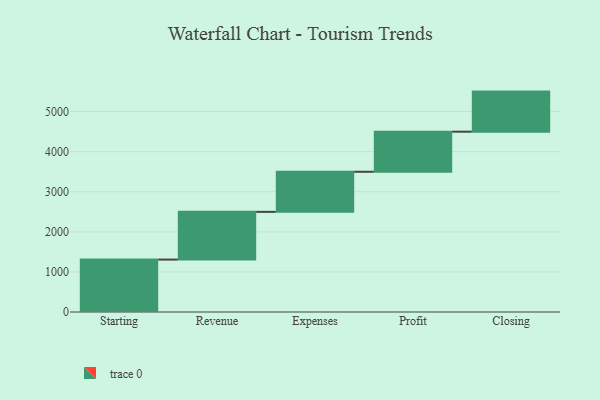
{"axis": {"x": "Step", "y": "Value"}, "legend": [""], "data": [{"x": "Starting", "y": 1308.0, "type": ""}, {"x": "Revenue", "y": 1190.0, "type": ""}, {"x": "Expenses", "y": 1000, "type": ""}, {"x": "Profit", "y": 1000, "type": ""}, {"x": "Closing", "y": 1000, "type": ""}]}